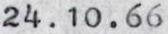
24.10.66